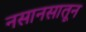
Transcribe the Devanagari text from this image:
नसानसातून